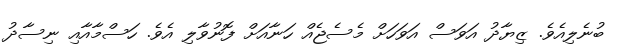
ބުނެލިއެވެ. ޒިޔާދު އަވަސް އަވަހަށް މެސެޖެއް ހަނާއަށް ފޮނުވާލި އެވެ. ހަސްމާއާއި ނިސާދު